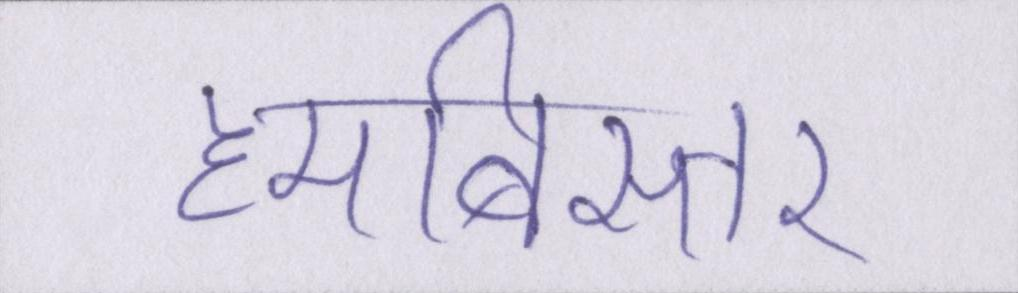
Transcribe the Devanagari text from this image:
हमबिस्तर